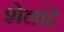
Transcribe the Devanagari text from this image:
शेलांद्रे